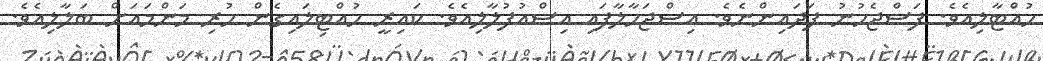
ހުއްޓާލިއެވެ. ފަސްޖެހުނު ފަދައިންނެވެ. އިސްޖަހާލާފައި އިސްއުފުލާލިއެވެ. ކައިރީ ހުއްޓިލައިގެން ހުރި މަންމައަށް ބަލާލިއެވެ.